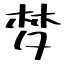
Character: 梦